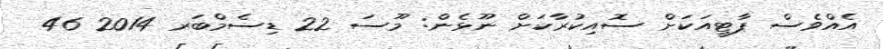
އެއްވެސް ޕާޓީއަކަށް ސޮއިކުރާކަށް ނޫޅެން: މޫސަ 22 ޑިސެމްބަރ 2014 46